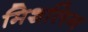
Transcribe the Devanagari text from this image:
मिशलिन